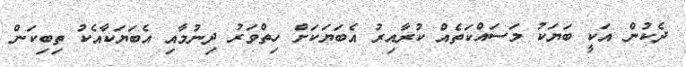
ދެކުން އަކީ ބަޔަކު މަސައްކަތެއް ކުރާއިރު އެބަޔަކަށް ހިތްވަރު ދިނުމާއި އެބަޔަކާއެކު ތިބިކަން